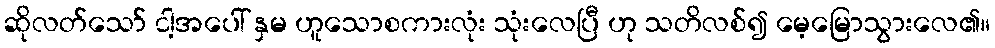
ဆိုလတ်သော် ငါ့အပေါ် နှမ ဟူသောစကားလုံး သုံးလေပြီ ဟု သတိလစ်၍ မေ့မြောသွားလေ၏။